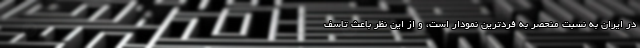
در ایران به نسبت منحصر به فردترین نمودار است، و از این نظر باعث تاسف